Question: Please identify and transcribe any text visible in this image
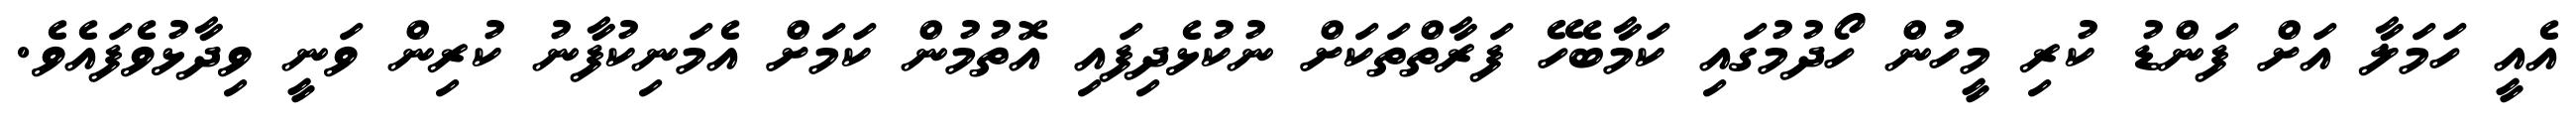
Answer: އެއީ ހަމަލާ އަށް ފަންޑު ކުރި މީހުން ހޯދުމުގައި ކަމާބެހޭ ފަރާތްތަކަށް ނުކުޅެދިފައި އޮތުމުން ކަމަށް އެމަނިކުފާނު ކުރިން ވަނީ ވިދާޅުވެފައެވެ.